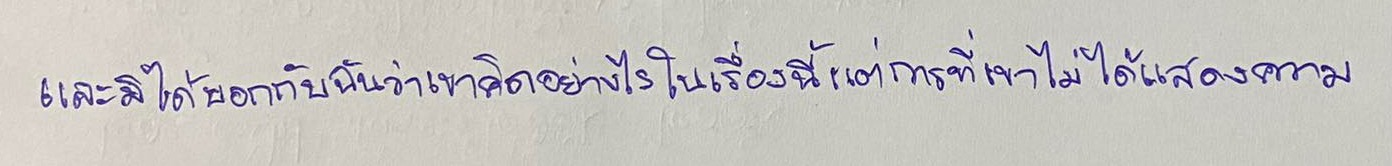
และมิได้บอกกับฉันว่าเขาคิดอย่างไรในเรื่องนี้แต่การที่เขาไม่ได้แสดงความ